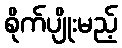
စိုက်ပျိုးမည့်